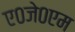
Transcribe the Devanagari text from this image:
ए०जे०एम